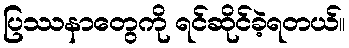
ပြဿနာတွေကို ရင်ဆိုင်ခဲ့ရတယ်။